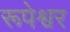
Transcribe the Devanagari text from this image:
रूपेश्वर